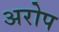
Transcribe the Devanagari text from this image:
अरोप